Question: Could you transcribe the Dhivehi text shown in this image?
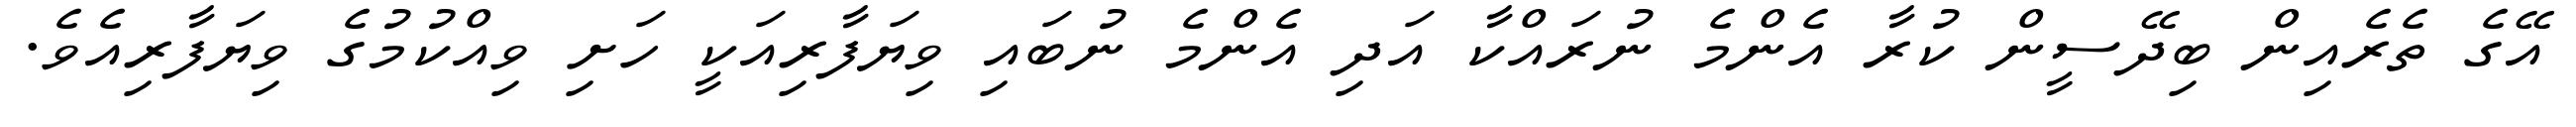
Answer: އޭގެ ތެރެއިން ބިދޭސީން ކުރާ އެންމެ ނުރައްކާ އަދި އެންމެ ނުބައި ވިޔަފާރިއަކީ ހަށި ވިއްކުމުގެ ވިޔަފާރިއެވެ.